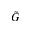
\Tilde { G }